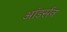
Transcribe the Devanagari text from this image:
आंडर्सन